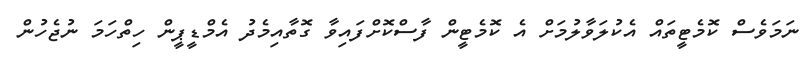
ނަމަވެސް ކޮމެޓީތައް އެކުލަވާލުމަށް އެ ކޮމެޓީން ފާސްކޮށްފައިވާ ގޮތާއިމެދު އެމްޑީޕީން ހިތްހަމަ ނުޖެހުން